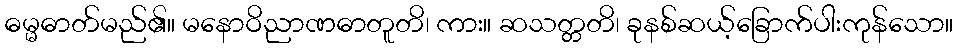
ဓမ္မဓာတ်မည်၏။ မနောဝိညာဏဓာတူတိ၊ ကား။ ဆသတ္တတိ၊ ခုနစ်ဆယ့်ခြောက်ပါးကုန်သော။